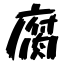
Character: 腐